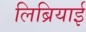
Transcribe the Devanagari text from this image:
लिब्रियाई